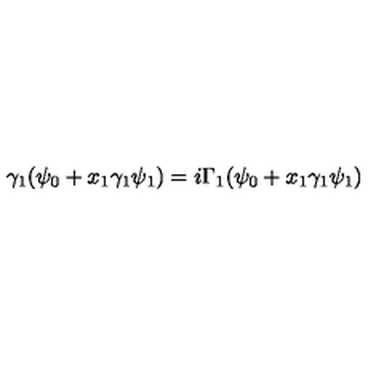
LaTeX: \gamma _ { 1 } ( \psi _ { 0 } + x _ { 1 } \gamma _ { 1 } \psi _ { 1 } ) = i \Gamma _ { 1 } ( \psi _ { 0 } + x _ { 1 } \gamma _ { 1 } \psi _ { 1 } )